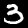
Digit: 3